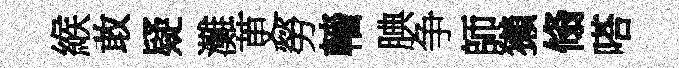
緱敢疑灘茰勞轖腆争師獺翛嗒